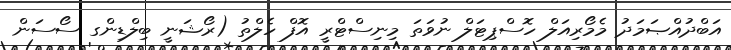
އަބްދުއްޞަމަދު މެމޯރިއަލް ހޮސްޕިޓަލް ނުވަތަ މިނިސްޓްރީ އޮފް ހެލްތު (ރޯޝަނީ ބިލްޑިންގ ސޯސަން